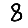
Digit: 8